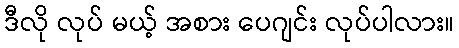
ဒီလို လုပ် မယ့် အစား ပေဂျင်း လုပ်ပါလား။